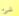
شئ